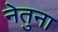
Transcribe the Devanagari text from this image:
नेतुना